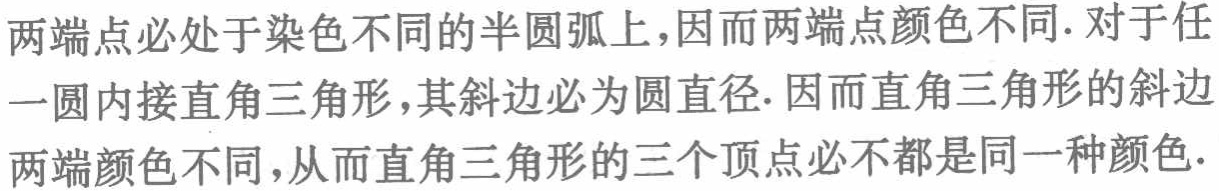
两端点必处于染色不同的半圆弧上,因而两端点颜色不同. 对于任一圆内接直角三角形,其斜边必为圆直径. 因而直角三角形的斜边两端颜色不同,从而直角三角形的三个顶点必不都是同一种颜色.